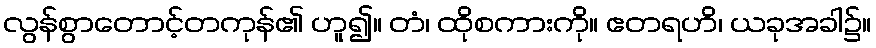
လွန်စွာတောင့်တကုန်၏ ဟူ၍။ တံ၊ ထိုစကားကို။ ဧတရဟိ၊ ယခုအခါ၌။